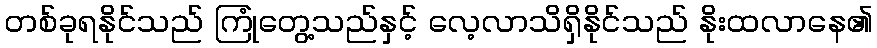
တစ်ခုရနိုင်သည် ကြုံတွေ့သည်နှင့် လေ့လာသိရှိနိုင်သည် နိုးထလာနေ၏